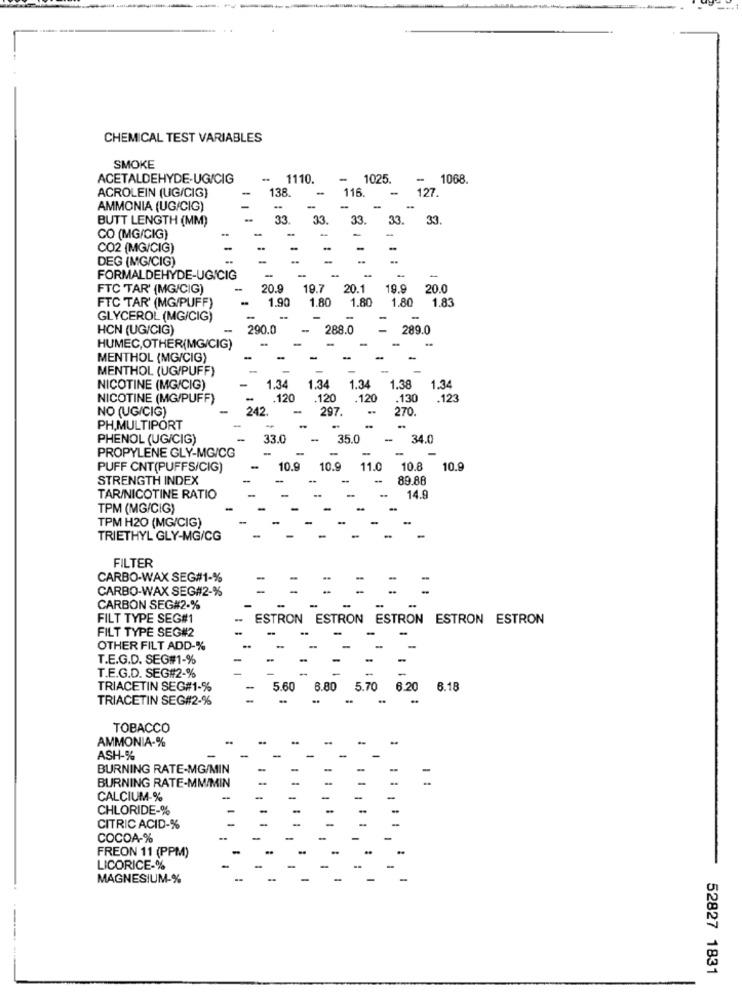
CHEMICAL TEST VARIABLES
SMOKE
ACETALDEHYDE-UG/CIG
1110.
1025.
-- 1068.
ACROLEIN (UG/CIG)
-
138.
-
116
-
127.
-
AMMONIA (UG/CIG)
-
BUTT LENGTH (MM)
33
33
33.
33.
33.
-
CO (MG/CIG)
CO2 (MG/CIG)
-
-
DEG (MG/CIG)
-
FORMALDEHYDE-UGICIG
-
FTC TAR' (MG/CIG)
20.9
19.7
20.1
19.9
20.0
-
1.90
1.80
1.80
1.80 1.83
FTC TAR' (MG/PUFF)
GLYCEROL (MG/CIG)
-
HCN (UG/CIG)
-
290.0
288.0
289.0
HUMEC,OTHER(MG/CIG)
-
MENTHOL (MG/CIG)
-
-
-
-
MENTHOL (UG/PUFF)
-
-
1.34
1.38
NICOTINE (MG/CIG)
1.34
1.34
1.34
NICOTINE (MG/PUFF)
. . 120
120
.120
.130
123
NO (UG/CIG)
242.
-
297.
..
270
PH.MULTIPORT
..
PHENOL (UG/CIG)
33.0
35.0
34.0
-
-
PROPYLENE GLY-MG/CG
PUFF CNT(PUFFS/CIG)
10.9
10.9
11.0
10.8
10.9
STRENGTH INDEX
-
89.88
TAR/NICOTINE RATIO
14.9
TPM (MG/CIG)
TPM H20 (MG/CIG)
TRIETHYL GLY-MG/CG
FILTER
CARBO-WAX SEG#1-%
CARBO-WAX SEG#2-%
CARBON SEG#2-%
FILT TYPE SEG#1
ESTRON ESTRON ESTRON ESTRON ESTRON
FILT TYPE SEG#2
OTHER FILT ADD-%
T.E.G.D. SEG#1-%
T.E.G.D. SEG#2-%
TRIACETIN SEG#1-%
5.60
6.80 5.70 6.20 6.18
TRIACETIN SEG#2-%
TOBACCO
AMMONIA-%
ASH-%
BURNING RATE-MG/MIN
BURNING RATE-MM/MIN
CALCIUM-%
CHLORIDE-%
CITRIC ACID-%
COCOA-%
FREON 11 (PPM)
LICORICE-%
MAGNESIUM-%
-
52827 1831